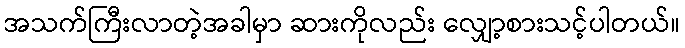
အသက်ကြီးလာတဲ့အခါမှာ ဆားကိုလည်း လျှော့စားသင့်ပါတယ်။